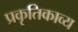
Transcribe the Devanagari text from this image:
प्रकृतिकाव्य